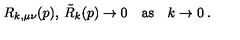
R _ { k , \mu \nu } ( p ) , \: \tilde { R } _ { k } ( p ) \to 0 \quad \mathrm { a s } \quad k \to 0 \: .